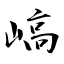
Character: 嵪